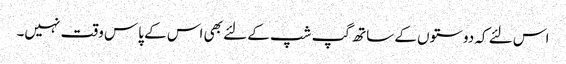
اس لئے کہ دوستوں کے ساتھ گپ شپ کے لئے بھی اس کے پاس وقت نہیں۔